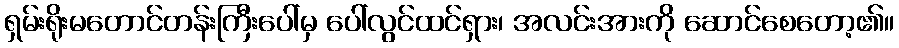
ရှမ်းရိုးမတောင်တန်းကြီးပေါ်မှ ပေါ်လွင်ထင်ရှား၊ အလင်းအားကို ဆောင်စေတော့၏။